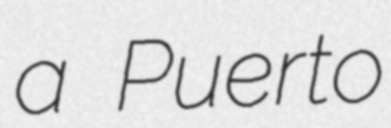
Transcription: a Puerto